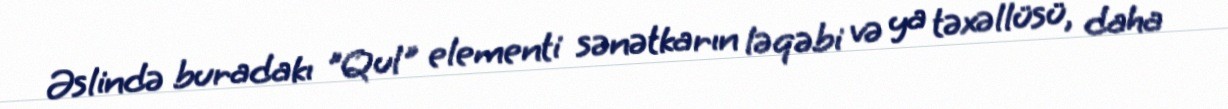
Əslində buradakı "Qul" elementi sənətkarın ləqəbi və ya təxəllüsü, daha